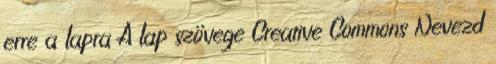
erre a lapra A lap szövege Creative Commons Nevezd